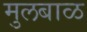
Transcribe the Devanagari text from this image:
मुलबाळ